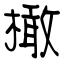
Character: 橄